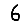
Digit: 6